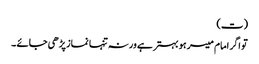
(ت)
تو اگر امام میسر ہو بہتر ہے ورنہ تنہا نماز پڑھی جائے ۔